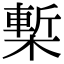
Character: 槧